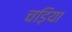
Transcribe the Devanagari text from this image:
चड़िया